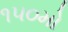
૧૫૦મો